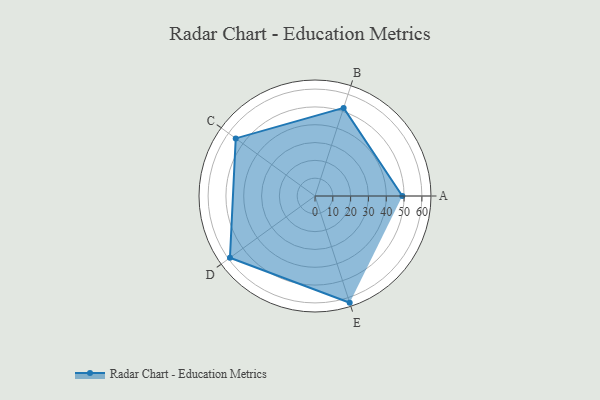
{"axis": {"x": "Skill", "y": "Score"}, "legend": ["Profile"], "data": [{"x": "A", "y": 49.0, "type": "Profile"}, {"x": "B", "y": 52.0, "type": "Profile"}, {"x": "C", "y": 55.0, "type": "Profile"}, {"x": "D", "y": 59.0, "type": "Profile"}, {"x": "E", "y": 63.0, "type": "Profile"}]}